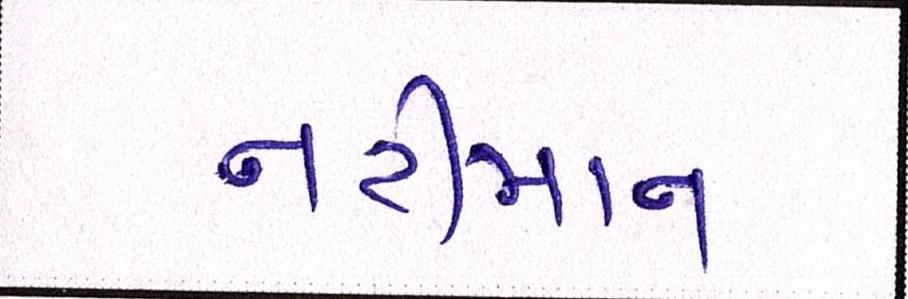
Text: નરીમાન